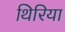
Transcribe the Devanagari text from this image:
थिरिया